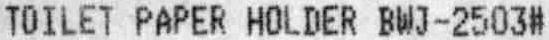
TOILET PAPER HOLDER BWJ-2503#